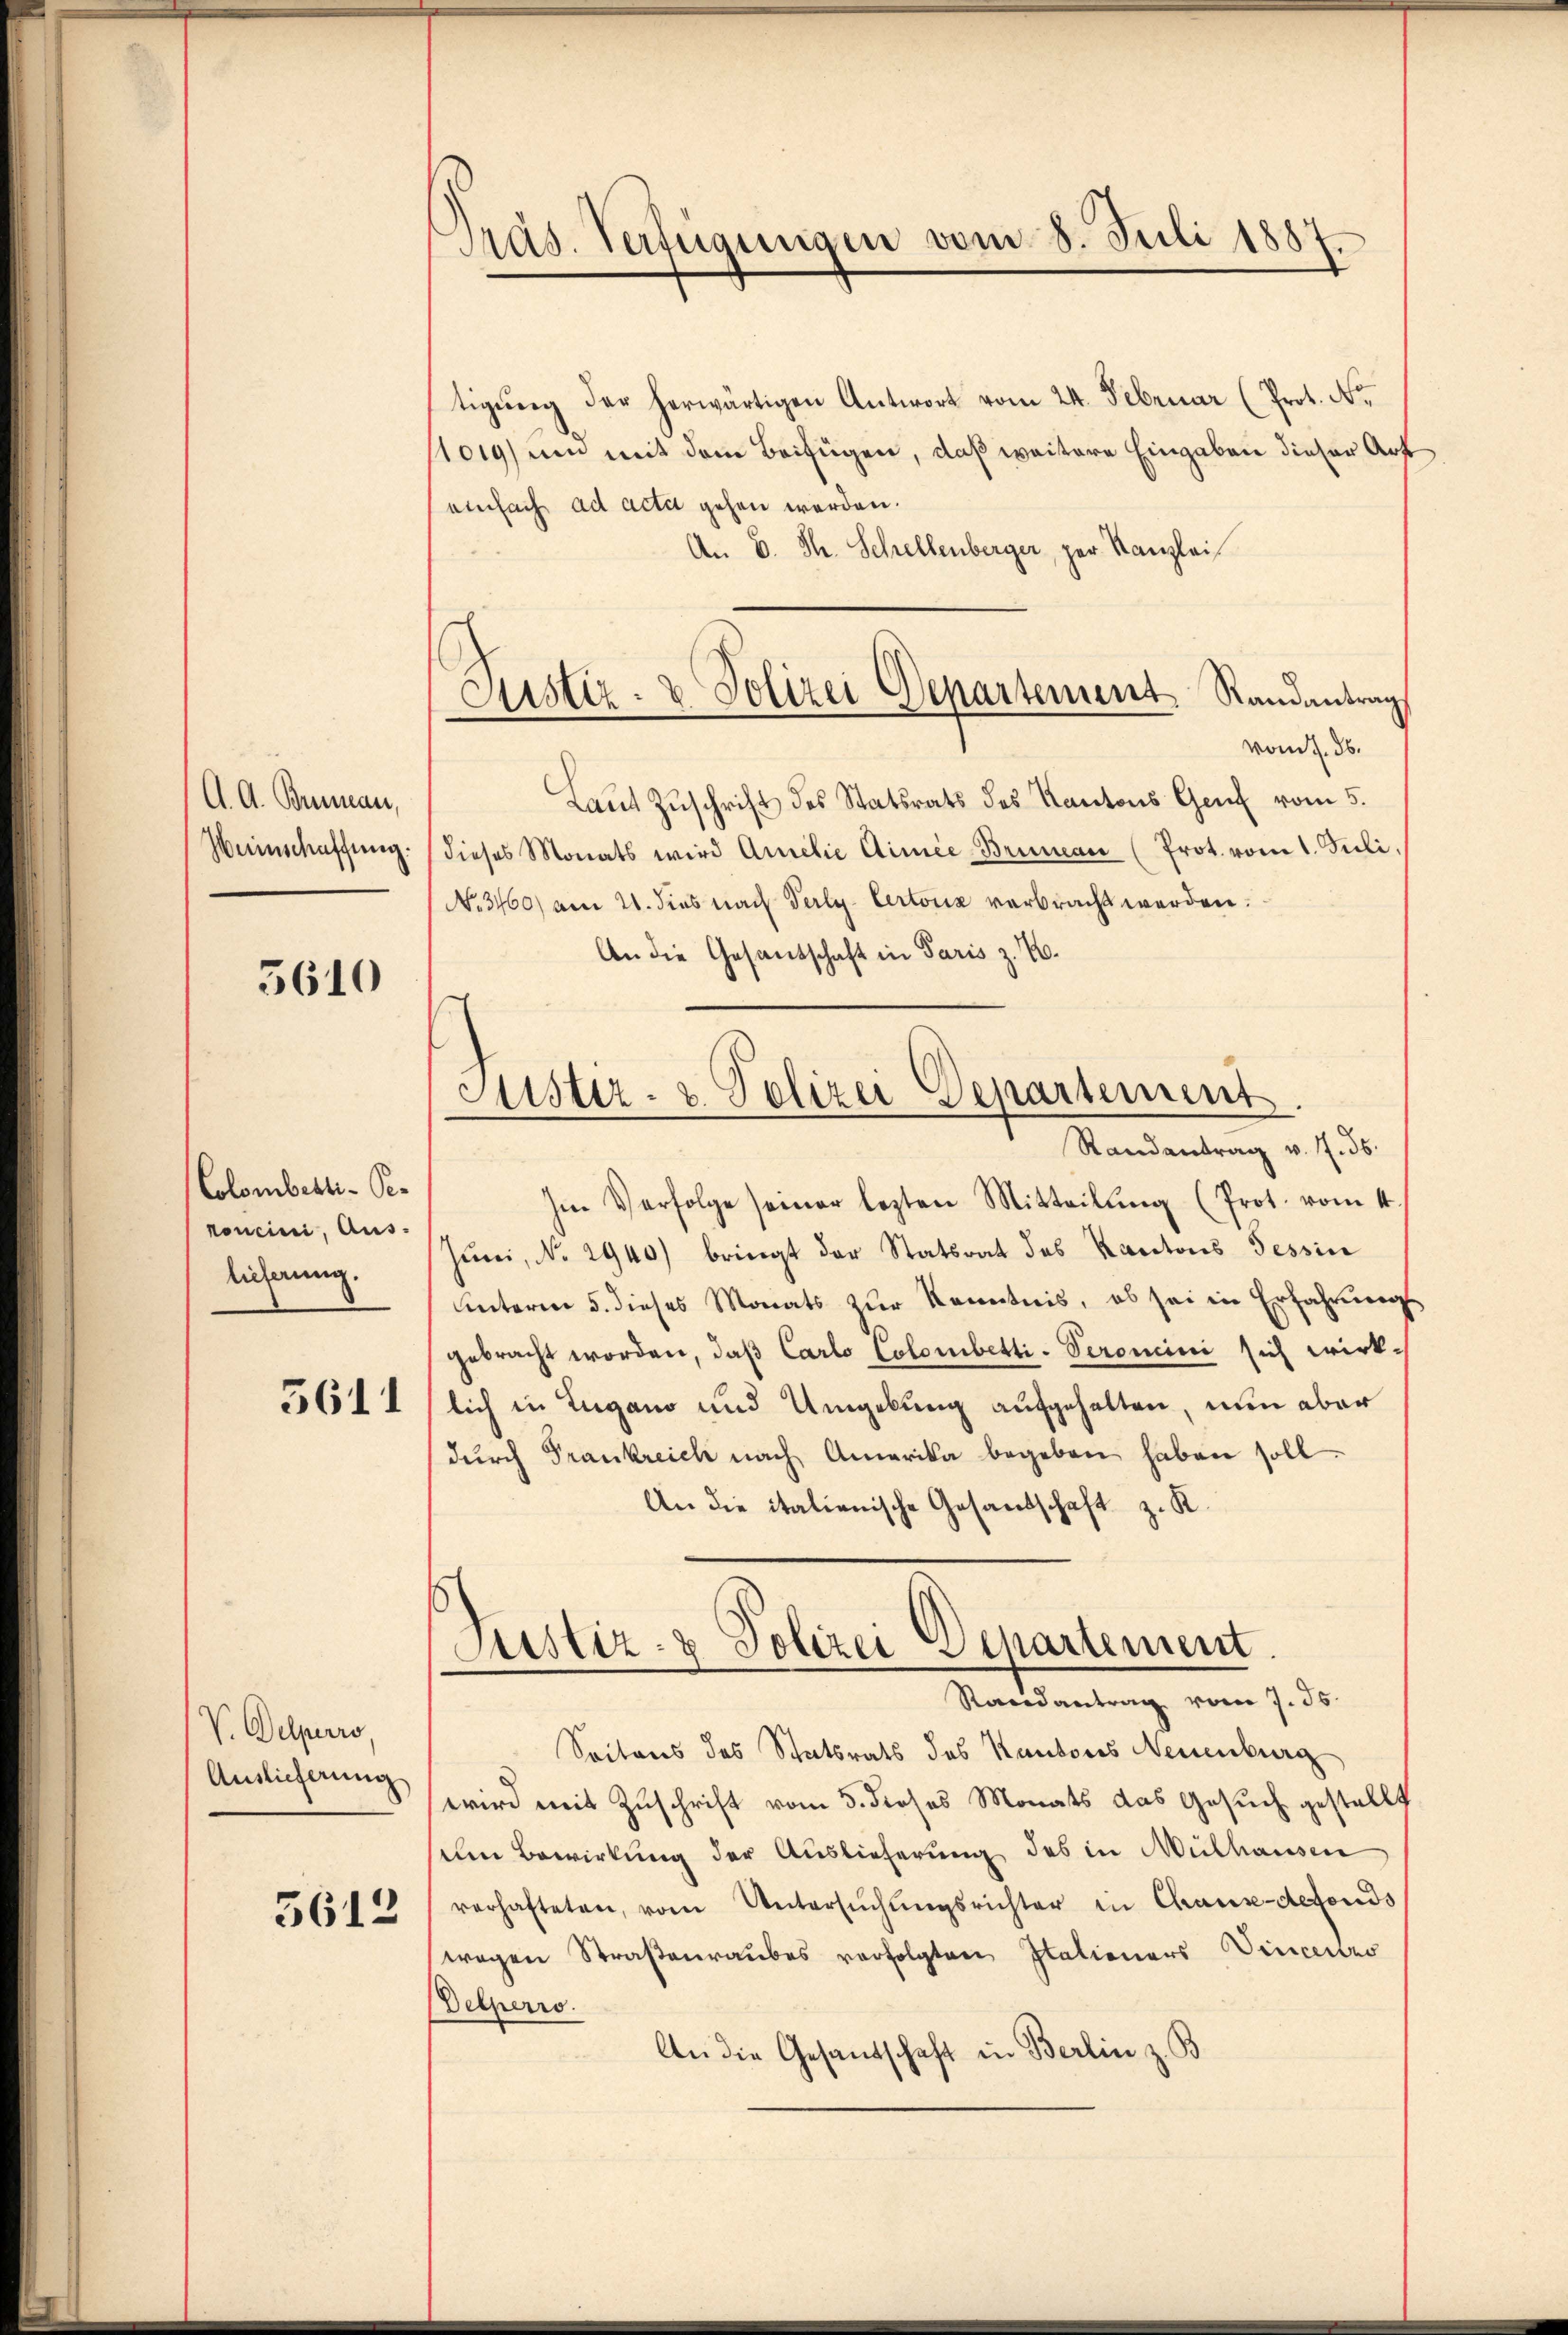
A. A. Beinau,
Weinschaffung.

3610

Colombesti-Per
vonein, Aus-
licherung.

3611

V. Delperro,
Auslieferung

5612

Präs. Verfügungen vom 8. Juli 1887.

Justiz- & Polizei Departement Randantrag

tigŭng der herwärtigen Antwort vom 24. Februar (Prot. N.
1019) um mit dem Beifügen, daß weitere Eingaben dieser Art
einfach ad actat gehen werden.
An B. Th. Schellenberger, per Kanzlei
vom 7. d.
Laŭt Zŭschrift des Statsrats des Kantons Genf vom 5.
dieses Monats wird Amilie dimie-Brunean (Prot. vom 1. Juli,
No 3460) am 21. dies nach Verly- Certonia verbracht werden.
An die Gesandschaft in Paris z. B.
Randantrag v. J. 36.
Im Verfolge seiner lezten Mitteilŭng (Prot. vom 4.
Juni, No 2940) bringt der Statsrat des Kantons Tessin
unterm 5. dieses Monats zur Kenntnis, ob sei in Erfahrungsgebracht worden, daß Carlo Colombetti-Seronini sich wirklich in Lugano und Umgebung aufgehalten, nun aber
dŭrch Frankreich nach Amerika begeben haben soll.
An die italienische Gesandschaft z. K.
Justiz- & Polizei Separtement.
Randantrag vom 7. ds.
Seitens des Statsrats des Kantons Neuenburg
wird mit Zuschrift vom 5. dieses Monats das Gesuch gestellt
em Bewirkung der Auslieferung des in Mülhausen
verhafteten, vom Untersŭchŭngsrichter in Chaux-defonds
wegen Straßenraubes verfolgten Italieners Vincentro
Delperro
An die Gesandschaft in Berlin z. B.

Fister- u. Polizei Departement